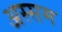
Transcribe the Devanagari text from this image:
अस्सम